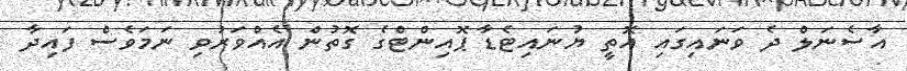
އާސެނަލް ދެ ވަނައިގައި އޮތީ ޔުނައިޓެޑާ ޕޮއިންޓްގެ ގޮތުން އެއްވަރުވި ނަމަވެސް ފައިދާ